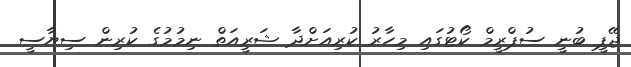
ޖޭޕީ ބުނީ ސުޕްރީމް ކޯޓުގައި މިހާރު ކުރިއަށްދާ ޝަރީއަތް ނިމުމުގެ ކުރިން ސިޔާސީ